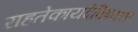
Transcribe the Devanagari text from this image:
राहतेकायदेविषयक